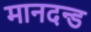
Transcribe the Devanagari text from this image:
मानदन्ड